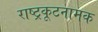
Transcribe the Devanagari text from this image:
राष्ट्रकूटनामक